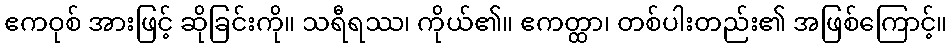
ဧကဝုစ် အားဖြင့် ဆိုခြင်းကို။ သရီရဿ၊ ကိုယ်၏။ ဧကတ္ထာ၊ တစ်ပါးတည်း၏ အဖြစ်ကြောင့်။